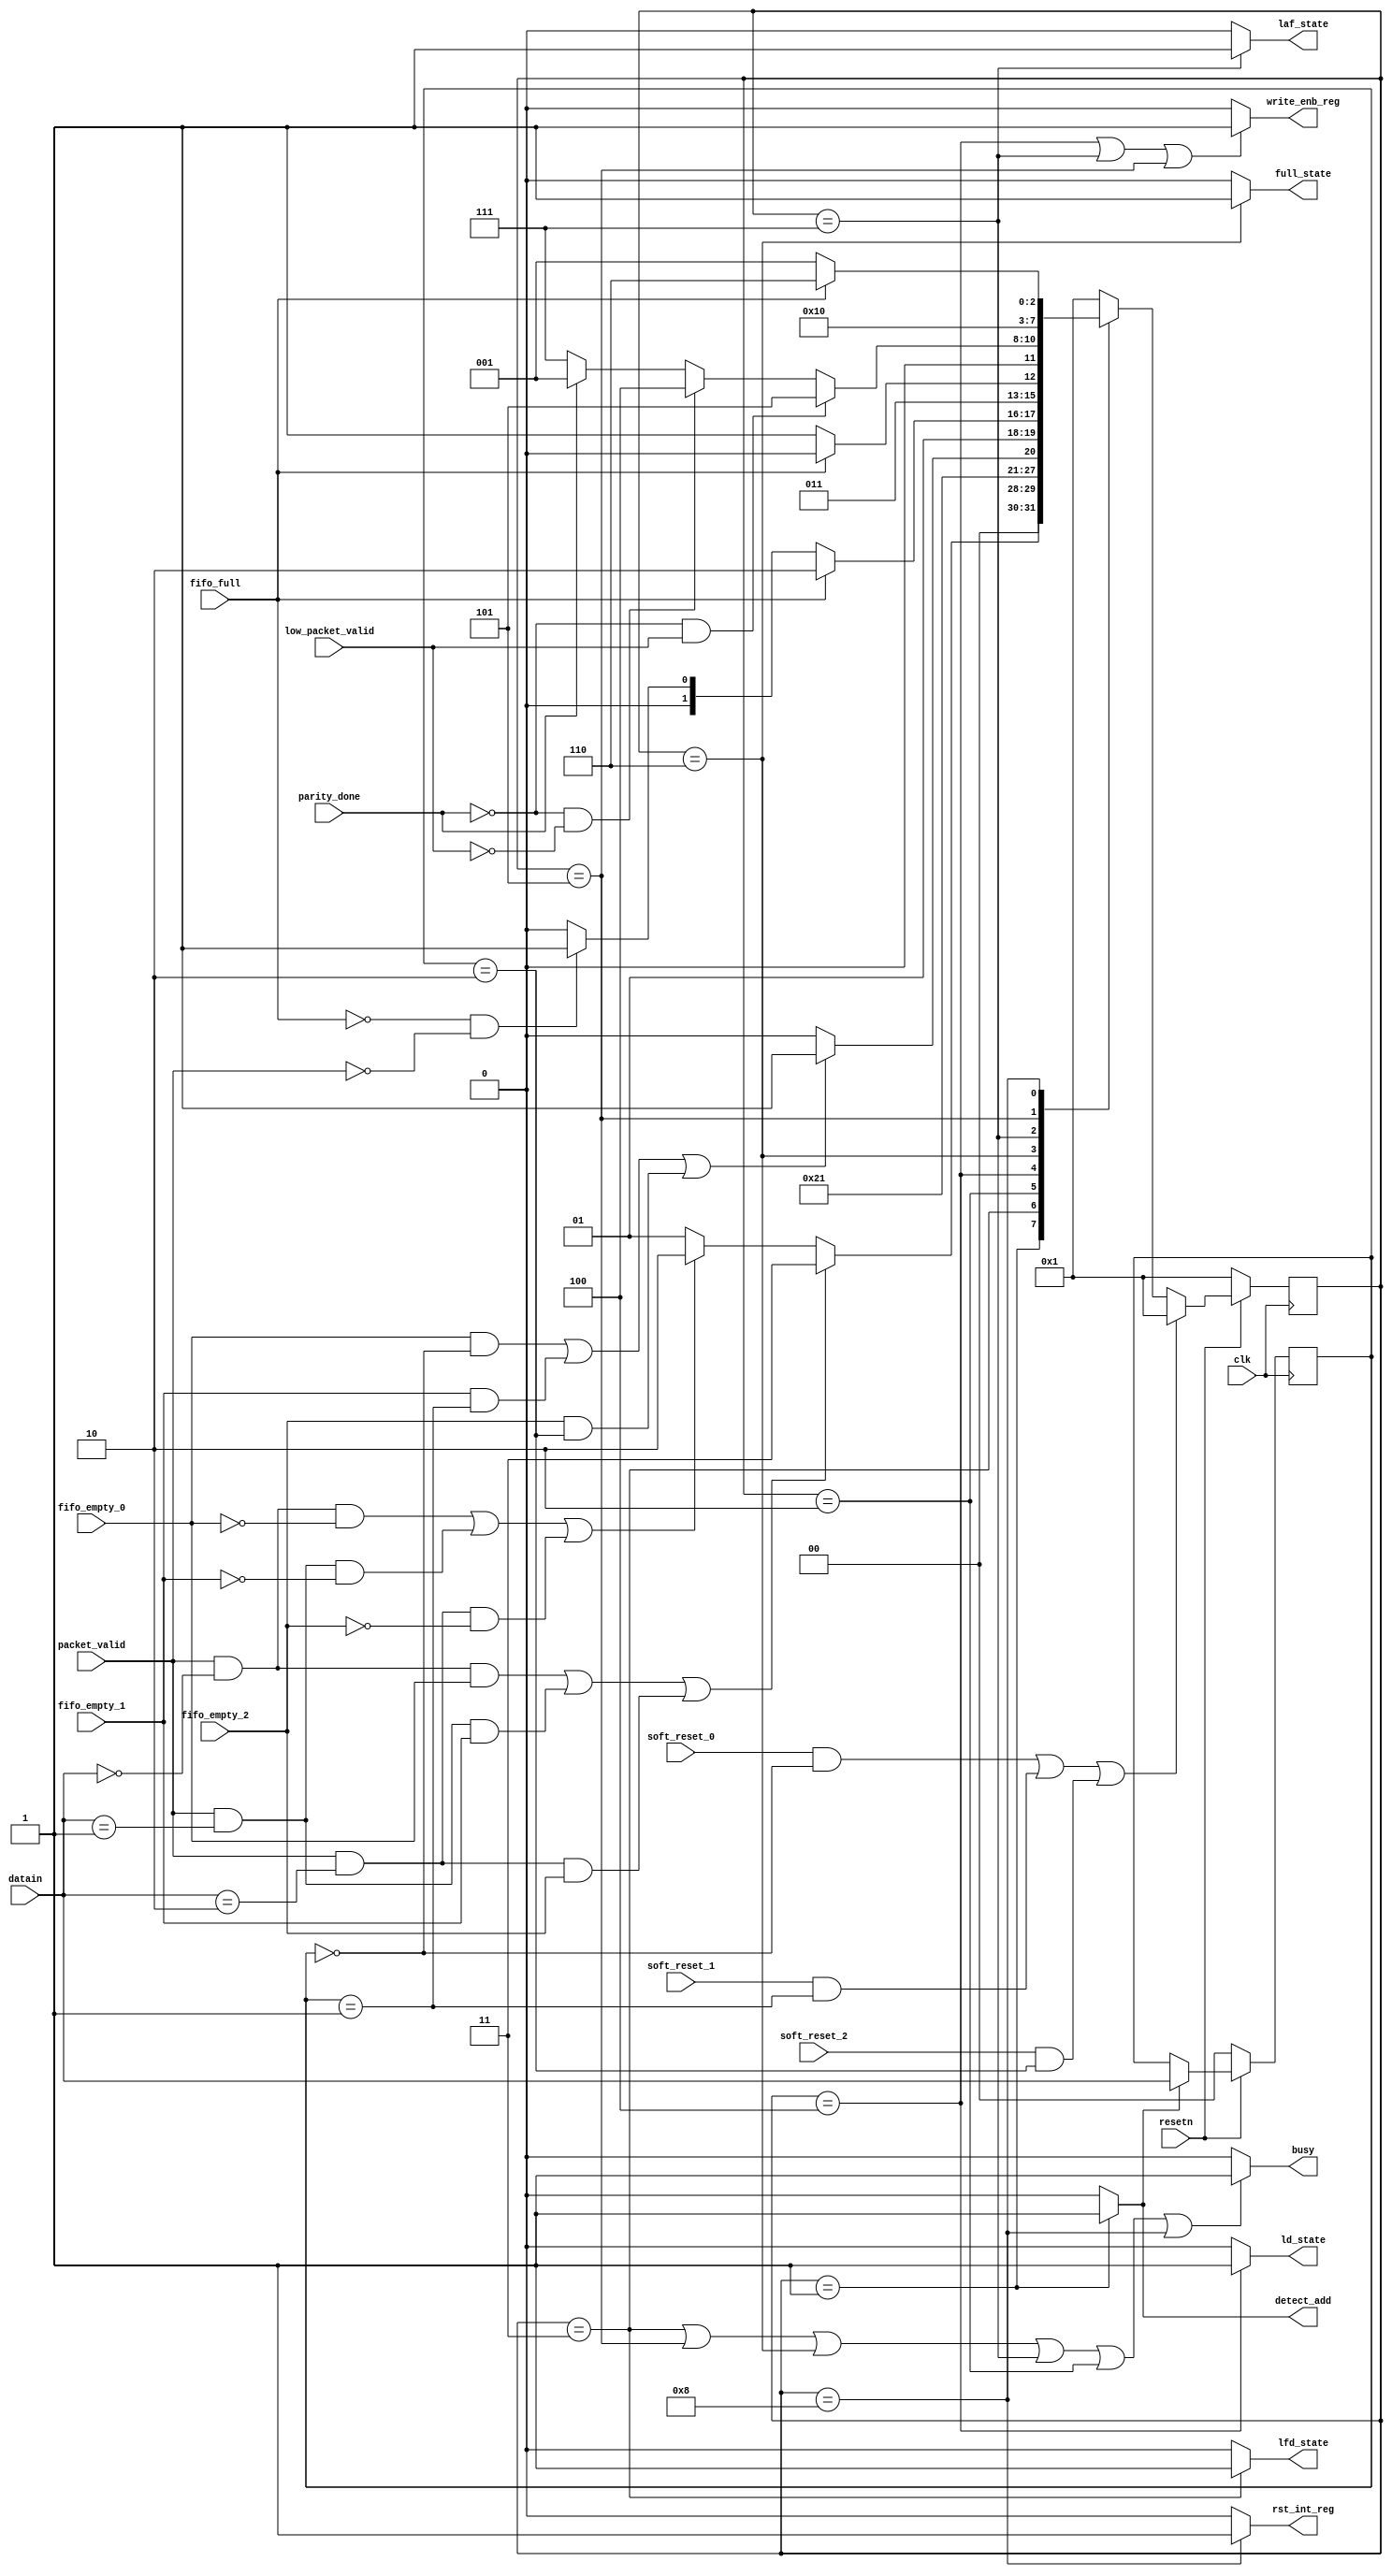
module router_fsm(input clk,resetn,packet_valid,
				  input [1:0] datain,
				  input fifo_full,fifo_empty_0,fifo_empty_1,fifo_empty_2,soft_reset_0,soft_reset_1,soft_reset_2,parity_done, low_packet_valid, 
				  output write_enb_reg,detect_add,ld_state,laf_state,lfd_state,full_state,rst_int_reg,busy);
				  
 parameter  decode_address		=	4'b0001,
			wait_till_empty		=	4'b0010,
			load_first_data		=	4'b0011,
			load_data			=	4'b0100,
			load_parity			=	4'b0101,
			fifo_full_state		=	4'b0110,
			load_after_full		=	4'b0111,
			check_parity_error	=	4'b1000;
			
reg [3:0] present_state, next_state;
reg [1:0] temp;
//-------------------------------------------------------------------------------------------------------------------------------------------
//temp logic
always@(posedge clk)
	begin
		if(~resetn)
			temp<=2'b0;
		else if(detect_add)          // decides the address of out channel
		 	temp<=datain;
	end
//--------------------------------------------------------------------------------------------------------------------------------------------
// reset logic for states
always@(posedge clk)
	begin
		if(!resetn)
				present_state<=decode_address;  // hard reset
		else if (((soft_reset_0) && (temp==2'b00)) || ((soft_reset_1) && (temp==2'b01)) || ((soft_reset_2) && (temp==2'b10)))		//if there is soft_reset and also using same channel so we do here and opertion
				 
				present_state<=decode_address;

		else
				present_state<=next_state;
			
	end
//-------------------------------------------------------------------------------------------------------------------------------------------	
//state machine logic 

always@(*)
	begin
		case(present_state)
		decode_address:   // decode address state 
		begin
			if((packet_valid && (datain==2'b00) && fifo_empty_0)|| (packet_valid && (datain==2'b01) && fifo_empty_1)|| (packet_valid && (datain==2'b10) && fifo_empty_2))

					next_state<=load_first_data;   //lfd_state

			else if((packet_valid && (datain==2'b00) && !fifo_empty_0)||(packet_valid && (datain==2'b01) && !fifo_empty_1)||(packet_valid && (datain==2'b10) && !fifo_empty_2))
					next_state<=wait_till_empty;  //wait till empty state
				
			else 
				next_state<=decode_address;	   // same state
		end
//------------------------------------------------------------------------------------------------------------------------------------------
		load_first_data: 			// load first data state
		begin	
			next_state<=load_data;
		end
//-----------------------------------------------------------------------------------------------------------------------------------------
		wait_till_empty:          //wait till empty state
		begin
			if((fifo_empty_0 && (temp==2'b00))||(fifo_empty_1 && (temp==2'b01))||(fifo_empty_2 && (temp==2'b10))) //fifo is empty and were using same fifo
					next_state<=load_first_data;
	
				else
					next_state<=wait_till_empty;
			end
//-----------------------------------------------------------------------------------------------------------------------------------------
		load_data:                        //load data
		begin
			if(fifo_full==1'b1) 
					next_state<=fifo_full_state;
			else 
					begin
						if (!fifo_full && !packet_valid)
							next_state<=load_parity;
						else
							next_state<=load_data;
					end
		end
//--------------------------------------------------------------------------------------------------------------------------------------------
			fifo_full_state:			//fifo full state
			begin
				if(fifo_full==0)
					next_state<=load_after_full;
				else 
					next_state<=fifo_full_state;
			end
//-------------------------------------------------------------------------------------------------------------------------------------------
			load_after_full:         	// load after full state
			begin
				if(!parity_done && low_packet_valid)
					next_state<=load_parity;
				else if(!parity_done && !low_packet_valid)
					next_state<=load_data;
	
				else 
					begin 
						if(parity_done==1'b1)
							next_state<=decode_address;
						else
							next_state<=load_after_full;
					end
				
			end
//-------------------------------------------------------------------------------------------------------------------------------------------
			load_parity:                 // load parity state
			begin
				next_state<=check_parity_error;
			end
//-------------------------------------------------------------------------------------------------------------------------------------------
			check_parity_error:			// check parity error
			begin
				if(!fifo_full)
					next_state<=decode_address;
				else
					next_state<=fifo_full_state;
			end
//--------------------------------------------------------------------------------------------------------------------------------------------
			default:					//default state
				next_state<=decode_address; 

		endcase																					// state machine completed
	end
//----------------------------------------------------------------------------------------------------------------------------------------
// output logic


assign busy=((present_state==load_first_data)||(present_state==load_parity)||(present_state==fifo_full_state)||(present_state==load_after_full)||(present_state==wait_till_empty)||(present_state==check_parity_error))?1:0;
assign detect_add=((present_state==decode_address))?1:0;
assign lfd_state=((present_state==load_first_data))?1:0;
assign ld_state=((present_state==load_data))?1:0;
assign write_enb_reg=((present_state==load_data)||(present_state==load_after_full)||(present_state==load_parity))?1:0;
assign full_state=((present_state==fifo_full_state))?1:0;
assign laf_state=((present_state==load_after_full))?1:0;
assign rst_int_reg=((present_state==check_parity_error))?1:0;

endmodule